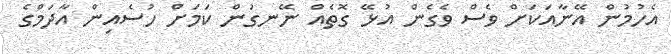
އެހުމުން އޭނާއަކަށް ވެސް ވެގެން އުޅޭ ގޮތެއް ނޭނގުން ކަމަށް ހުސެއިން އާދަމްގެ